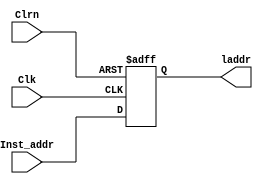
`timescale 1ns / 1ps
//////////////////////////////////////////////////////////////////////////////////
// Company: 
// Engineer: 
// 
// Design Name: 
// Module Name: Dff_32
// Project Name: 
// Target Devices: 
// Tool Versions: 
// Description: 
// 
// Dependencies: 
// 
// Revision:
// Revision 0.01 - File Created
// Additional Comments:
// 
//////////////////////////////////////////////////////////////////////////////////


module Dff_32(Inst_addr,Clk,Clrn,laddr);
    input [31:0]Inst_addr;
    input   Clk,Clrn;
    output  reg[31:0]laddr;
    always @ (negedge Clrn or posedge Clk)
    begin
        if (Clrn == 0) 
        begin 
            laddr <= 0;
        end 
        else 
        begin
            laddr <= Inst_addr;
        end
    end
endmodule